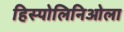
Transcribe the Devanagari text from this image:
हिस्पोलिनिओला